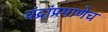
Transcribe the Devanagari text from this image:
चंद्रांप्रमाणेच